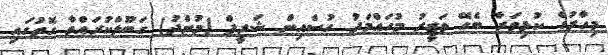
މިހާރުގެ ކުޅިވަރާ ބެހޭ ވަޒީރު މުހައްމަދު ހުސެއިން ޝަރީފް (މުންދު) ގަބޫލްކުރައްވާ ގޮތުގައި